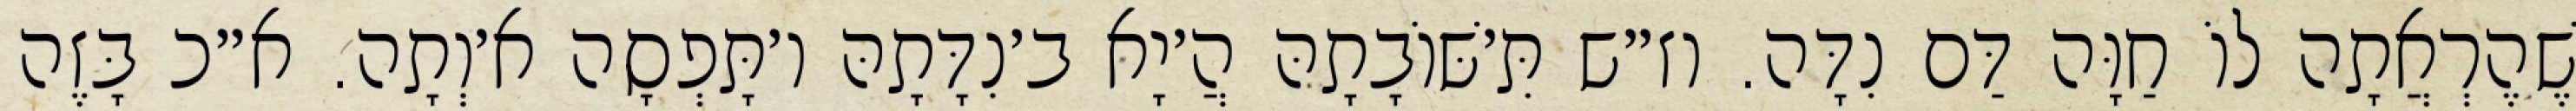
שֶׁהֶרְאֲתָה לוֹ חַוָּה דַּם נִדָּה. וז״ש תִּ׳שּׁוֹבָתָהּ הֲ׳יָא ב׳נִדָּתָהּ ו׳תָּפְסָה א׳וְתָה. א״כ בָּזֶה